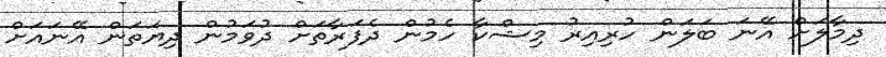
ދިމާލަށް އޭނަ ބަލަން ހުރިއިރު މިޝްކާ ހެމުން ދެފަރާތަށް ދުވަމުން ދިޔަތަން އޭނައަށް